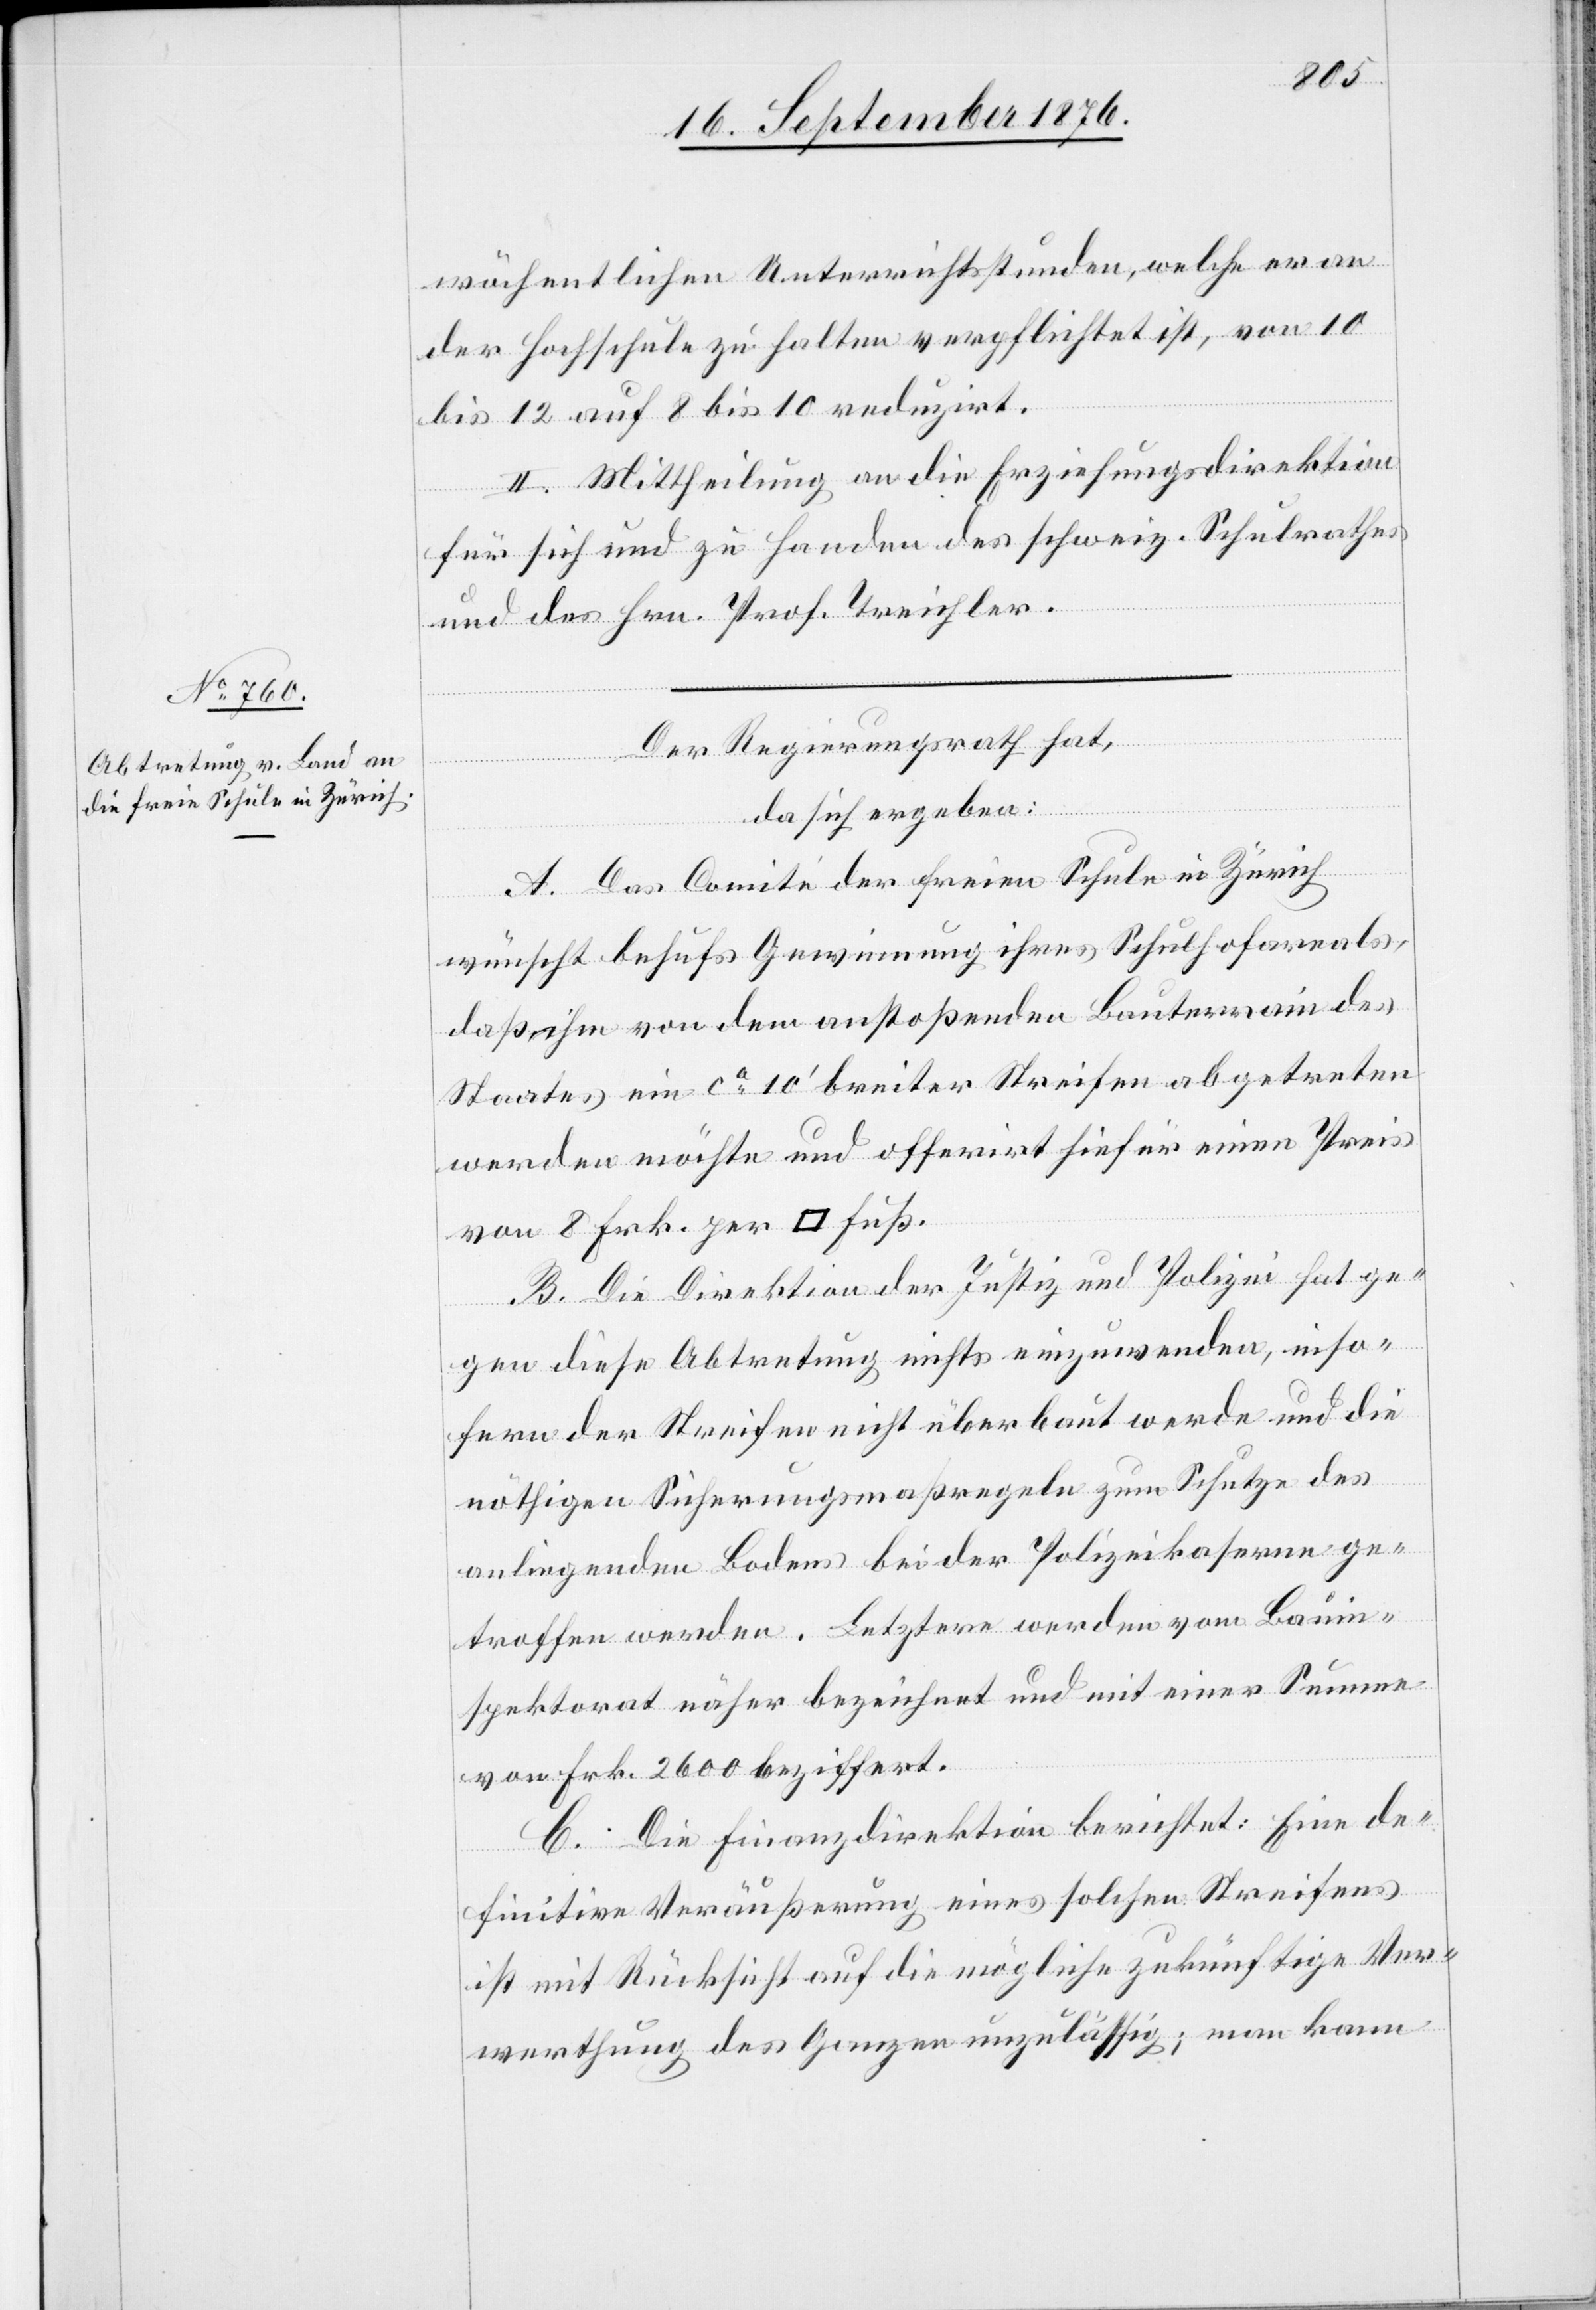
wöchentlichen Unterrichtsstunden, welche er an
der Hochschule zu halten verpflichtet ist, von 10
bis 12 auf 8 bis 10 reduzirt.
II. Mittheilung an die Erziehungsdirektion
für sich und zu Handen des schweiz. Schulrathes
und des Hrn. Prof Treichler.
Der Regierungsrath hat,
da sich ergeben:
A. Das Comité der freien Schule in Zürich
wünscht behufs Gewinnung ihres Schulhofareals,
daß ihm von dem anstoßenden Bauterrain des
Staates ein ca 10‘ breiter Streifen abgetreten
werden möchte und offerirt hiefür einen Preis
von 8. Frk. per [Quadrat]
B. Die Direktion der Justiz und Polizei hat ge¬
gen diese Abtretung nichts einzuwenden, inso¬
fern der Streifen nicht überbaut werde und die
nöthigen Sicherungsmaßregeln zum Schutze des
anliegenden Bodens bei der Polizeikaserne ge¬
troffen werden. Letztere werden vom Bauin¬
spektorat näher bezeichnet und mit einer Summe
von Frk. 2600 beziffert.
C. Die Finanzdirektion berichtet: Eine de¬
finitive Veräußerung eines solchen Streifens
ist mit Rücksicht auf die mögliche zukünftige Ver¬
werthung des Ganzen unzulässig; man kann